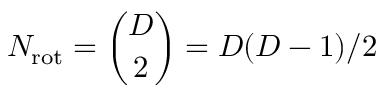
N _ { \mathrm { r o t } } = { \binom { D } { 2 } } = D ( D - 1 ) / 2